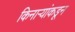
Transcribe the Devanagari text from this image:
किनाऱ्यांकडून